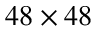
4 8 \times 4 8